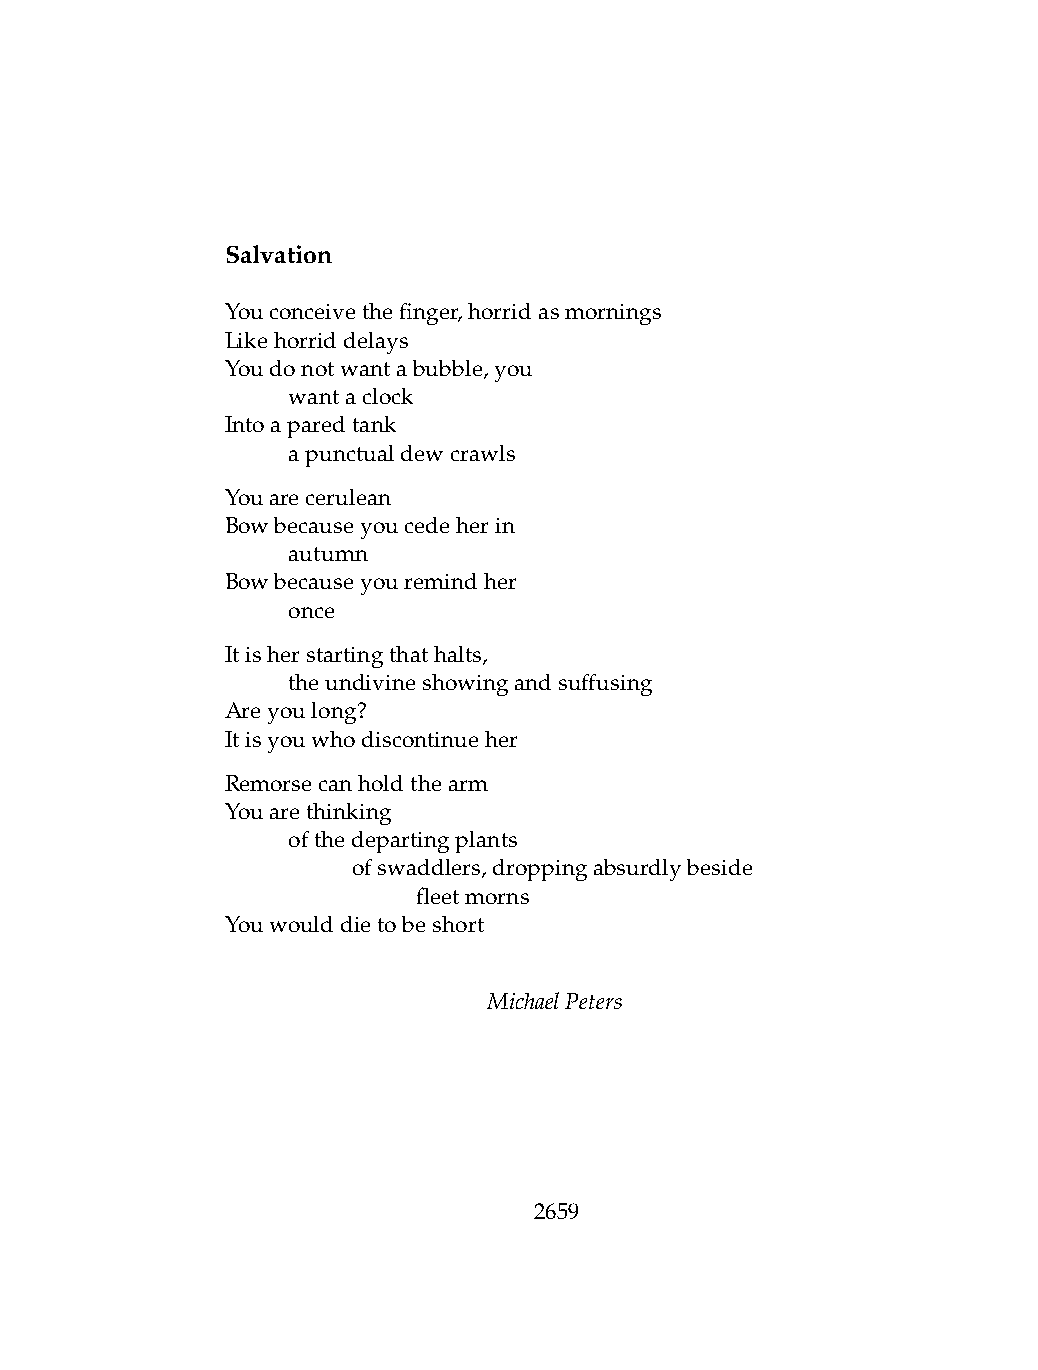
Salvation
 Youconceivethefinger,horridasmornings
 Likehorriddelays
 Youdonotwantabubble,you
 .   wantaclock
 Intoaparedtank
 .   apunctualdewcrawls
 Youarecerulean
 Bowbecauseyoucedeherin
 .   autumn
 Bowbecauseyouremindher
 .   once
 Itisherstartingthathalts,
 .   theundivineshowingandsuffusing
 Areyoulong?
 Itisyouwhodiscontinueher
 Remorsecanholdthearm
 Youarethinking
 .   ofthedepartingplants
 .   .   ofswaddlers,droppingabsurdlybeside
 .   .   .    fleetmorns
 Youwoulddietobeshort
 MichaelPeters
 2659